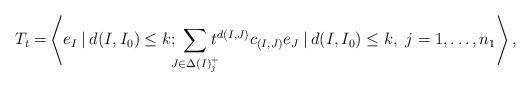
LaTeX: \begin{align*}T_t=&\left\langle e_I \: | \: d(I,I_0)\leq k;\:\!\!\!\!\sum_{J\in \Delta(I)^+_j}\!\!\!\!t^{d(I,J)} c_{(I,J)}e_J\: | \: d(I,I_0)\leq k,\ j=1,\dots,n_1\right \rangle,\end{align*}